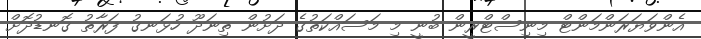
އެންވަޔަރަންމަންޓް މިނިސްޓްރީން ބުނީ މި މަސައްކަތުގެ ދަށުން ތިނަދޫ ހުޅަނގު ފަރާތު ގޮނޑުދޮށް